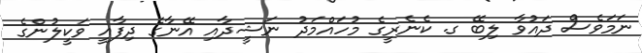
ނަމަވެސް ދައުވާ ލިބޭ ގ. ކެނެރީގެ މުހައްމަދު ނަޝީދާއި އޭނާގެ ދިފާއީ ވަކީލުންގެ